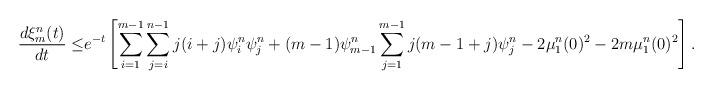
LaTeX: \begin{align*}\frac{d\xi^{n}_m(t)}{dt}\leq& e^{-t}\left[\sum_{i=1}^{m-1}\sum_{j=i}^{n-1} j(i+j)\psi^{n}_i \psi^{n}_j+(m-1) \psi^{n}_{m-1}\sum_{j=1}^{m-1}j(m-1+j) \psi^{n}_j-2\mu^{n}_1(0)^2-2m\mu^{n}_1(0)^2\right].\end{align*}